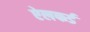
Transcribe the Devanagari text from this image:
ऐलफर्ड